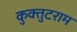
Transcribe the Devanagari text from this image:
कुक्तुटराम